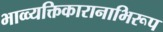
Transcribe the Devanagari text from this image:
भाव्व्यक्तिकारानाभिरूप